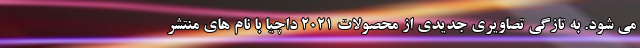
می شود. به تازگی تصاویری جدیدی از محصولات 2021 داچیا با نام های منتشر